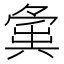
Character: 𡖸